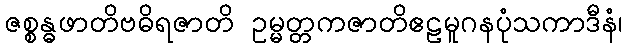
ဇစ္စန္ဓဖာတိဗဓိရဇာတိ ဥမ္မတ္တကဇာတိဧဠမူဂနပုံသကာဒီနံ၊